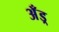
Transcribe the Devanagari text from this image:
अँड्र्